Indian journal of veterinary science and animal husbandry - Volume 5,
Year: 1935
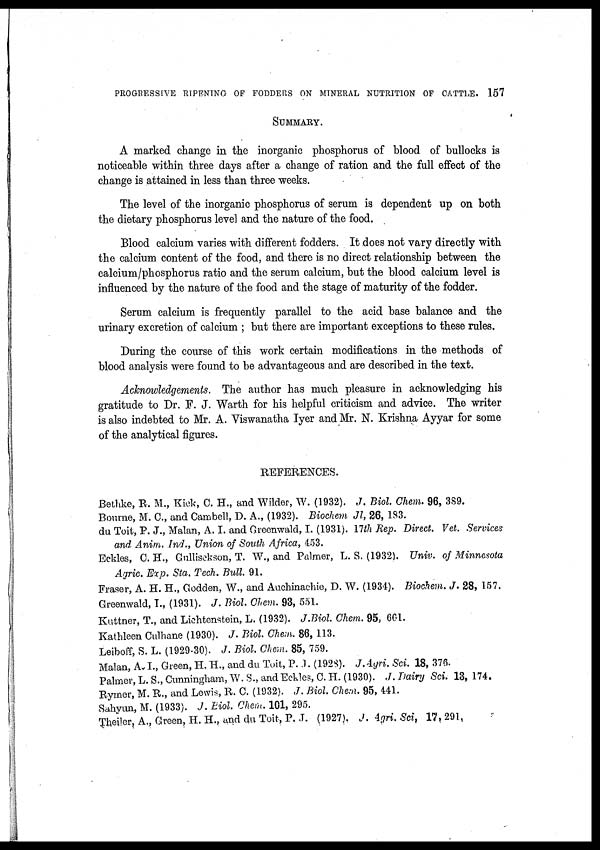
PROGRESSIVE RIPENING OF FODDERS ON MINERAL NUTRITION OF CATTLE. 157
SUMMARY.
A marked change in the inorganic phosphorus of blood of bullocks is
noticeable within three days after a change of ration and the full effect of the
change is attained in less than three weeks.
The level of the inorganic phosphorus of serum is dependent up on both
the dietary phosphorus level and the nature of the food.
Blood calcium varies with different fodders. It does not vary directly with
the calcium content of the food, and there is no direct relationship between the
calcium/phosphorus ratio and the serum calcium, but the blood calcium level is
influenced by the nature of the food and the stage of maturity of the fodder.
Serum calcium is frequently parallel to the acid base balance and the
urinary excretion of calcium ; but there are important exceptions to these rules.
During the course of this work certain modifications in the methods of
blood analysis were found to be advantageous and are described in the text.
Acknowledgements. The author has much pleasure in acknowledging his
gratitude to Dr. F. J. Warth for his helpful criticism and advice. The writer
is also indebted to Mr. A. Viswanatha Iyer and Mr. N. Krishna Ayyar for some
of the analytical figures.
REFERENCES.
Bethke, R. M., Kick, C. H., and Wilder, W. (1932). J. Biol. Chem. 96, 389.
Bourne, M. C., and Cambell, D. A., (1932). Biochem Jl, 26, 183.
du Toit, P. J., Malan, A. I. and Greenwald, I. (1931). 17th Rep. Direct. Vet. Services
and Anim. Ind., Union of South Africa, 453.
Eckles, C. H., Gullisckson, T. W., and Palmer, L. S. (1932). Univ. of Minnesota
Agric. Exp. Sta. Tech. Bull. 91.
Fraser, A. H. H., Godden, W., and Auchinachie, D. W. (1934). Biochem. J. 28, 157.
Greenwald, I., (1931). J. Biol. Chem. 93, 551.
Kuttner, T., and Lichtenstein, L. (1932). J.Biol. Chem. 95, 661.
Kathleen Culhane (1930). J. Biol. Chem. 86, 113.
Leiboff, S. L. (1929-30). J. Biol. Chem. 85, 759.
Malan, A. I., Green, H. H., and du Toit, P. J. (1928). J.Agri. Sci. 18, 376.
Palmer, L. S., Cunningham, W. S., and Eckles, C. H. (1930). J. Dairy Sci. 13, 174.
Rymer, M. R., and Lewis, R. C. (1932). J. Biol. Chem. 95, 441.
Sahyun, M. (1933). J. Biol. Chem. 101, 295.
Theiler, A., Green, H. H., and du Toit, P. J. (1927). J. Agri. Sci. 17,291.